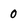
Character: 0